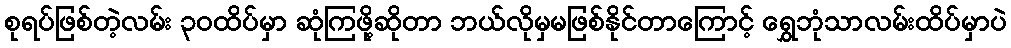
စုရပ်ဖြစ်တဲ့လမ်း ၃၀ထိပ်မှာ ဆုံကြဖို့ဆိုတာ ဘယ်လိုမှမဖြစ်နိုင်တာကြောင့် ရွှေဘုံသာလမ်းထိပ်မှာပဲ